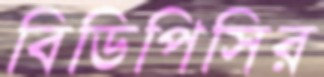
বিডিপিসির